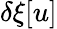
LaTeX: \delta\xi[u]